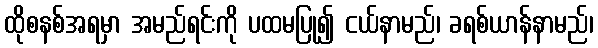
ထိုစနစ်အရမှာ အမည်ရင်းကို ပထမပြု၍ ငယ်နာမည်၊ ခရစ်ယာန်နာမည်၊